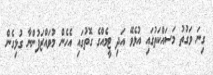
ގިނަ ވަގުތު މަސައްކަތުގައި އުޅެވޭ އަދި ޓީމެއްގެ ގޮތުގައި އެހެން މުވައްޒަފުންނާ ގުޅިގެން